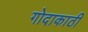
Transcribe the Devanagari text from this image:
गोदाकाठी